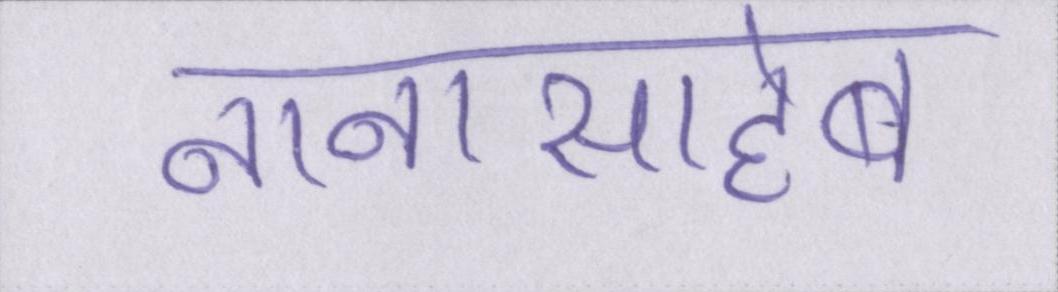
नानासाहेब